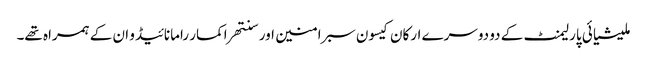
ملیشیائی پارلیمنٹ کے دو دوسرے ارکان کیسون سبرامنین اور سنتھراکمار رامانائیڈو ان کے ہمراہ تھے۔